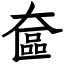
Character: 奩